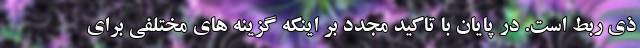
ذی ربط است. در پایان با تاکید مجدد بر اینکه گزینه های مختلفی برای